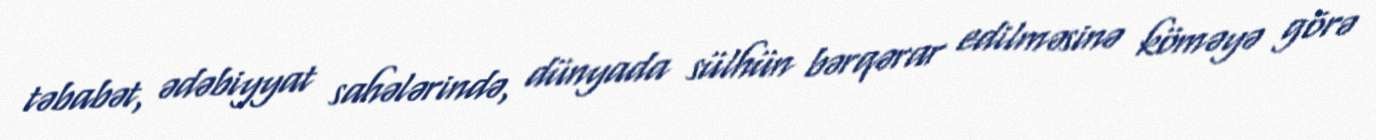
təbabət, ədəbiyyat sahələrində, dünyada sülhün bərqərar edilməsinə köməyə görə